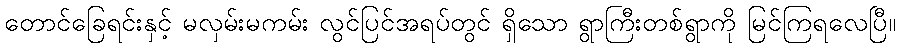
တောင်ခြေရင်းနှင့် မလှမ်းမကမ်း လွင်ပြင်အရပ်တွင် ရှိသော ရွာကြီးတစ်ရွာကို မြင်ကြရလေပြီ။